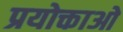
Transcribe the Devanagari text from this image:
प्रयोक्ताओ